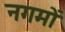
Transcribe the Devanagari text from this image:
नगमों